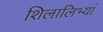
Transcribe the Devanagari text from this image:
शिलालिभ्यां